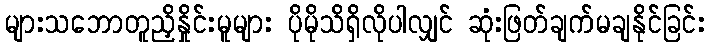
များသဘောတူညှိနှိုင်းမူများ ပိုမိုသိရှိလိုပါလျှင် ဆုံးဖြတ်ချက်မချနိုင်ခြင်း